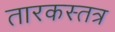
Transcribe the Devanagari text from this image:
तारकस्तत्र